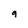
Character: 9